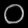
Digit: ၀